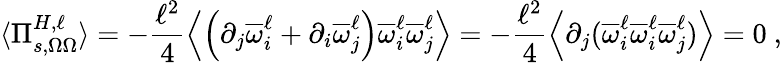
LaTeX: \langle\Pi_{s,\Omega\Omega}^{H,\ell}\rangle=-\frac{\ell^{2}}{4}\left\langle\left(\partial_{j}\overline{{\omega}}_{i}^{\ell}+\partial_{i}\overline{{\omega}}_{j}^{\ell}\right)\overline{{\omega}}_{i}^{\ell}\overline{{\omega}}_{j}^{\ell}\right\rangle=-\frac{\ell^{2}}{4}\left\langle\partial_{j}(\overline{{\omega}}_{i}^{\ell}\overline{{\omega}}_{i}^{\ell}\overline{{\omega}}_{j}^{\ell})\right\rangle=0\ ,